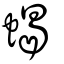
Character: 蝎